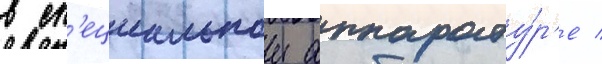
в сп'ециальнои аппарату́р'е /